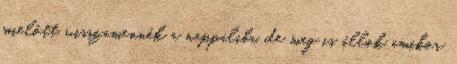
mielőtt visszamennék a nappaliba, de meg is állok amikor